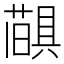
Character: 𦼨